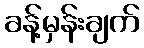
ခန့်မှန်းချက်